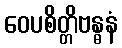
ဝေပစိတ္တိဗန္ဓနံ